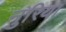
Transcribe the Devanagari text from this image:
नुरिया